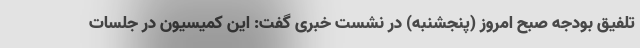
تلفیق بودجه صبح امروز (پنجشنبه) در نشست خبری گفت: این کمیسیون در جلسات